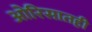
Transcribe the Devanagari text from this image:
ओरिसातही